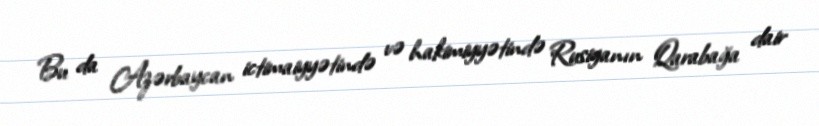
Bu da Azərbaycan ictimaiyyətində və hakimiyyətində Rusiyanın Qarabağa dair